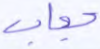
حجاب